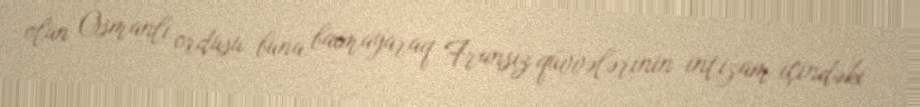
olan Osmanlı ordusu buna baxmayaraq Fransız qüvvələrinin intizam içindəki